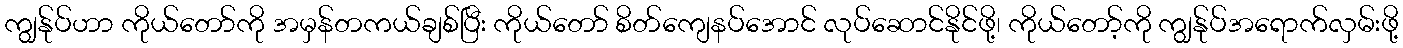
ကျွန်ုပ်ဟာ ကိုယ်တော်ကို အမှန်တကယ်ချစ်ပြီး ကိုယ်တော် စိတ်ကျေနပ်အောင် လုပ်ဆောင်နိုင်ဖို့၊ ကိုယ်တော့်ကို ကျွန်ုပ်အရောက်လှမ်းဖို့